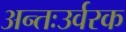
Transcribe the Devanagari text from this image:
अन्तःउर्वरक